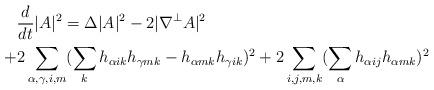
LaTeX: \begin{align*}& \frac{d}{dt}|A|^2= \Delta |A|^2 -2|\nabla^{\bot} A|^2\\+ & 2\sum_{\alpha,\gamma, i,m}(\sum_k h_{\alpha ik}h_{\gamma mk}-h_{\alpha mk}h_{\gamma ik})^2+2\sum_{i,j,m,k}(\sum_{\alpha} h_{\alpha ij}h_{\alpha mk})^2\end{align*}